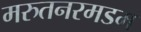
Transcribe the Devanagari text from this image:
मरुतनरमडम